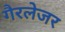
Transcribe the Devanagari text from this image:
गैरलेजर